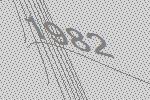
1982